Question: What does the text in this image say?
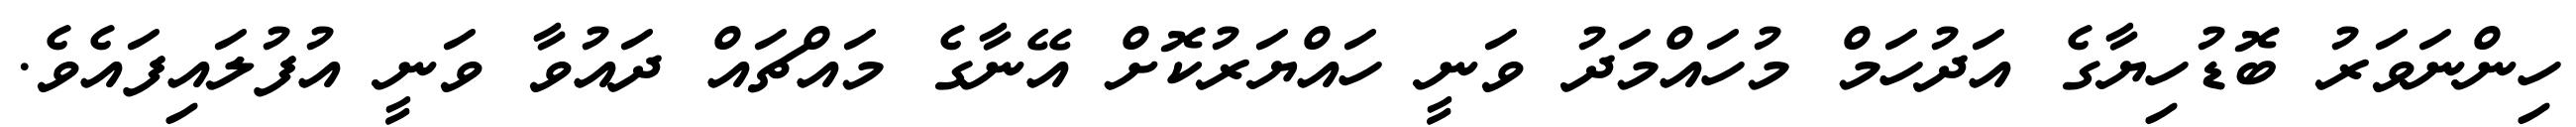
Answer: ހިންނަވަރު ބޮޑުހިޔާގެ އަދުހަމް މުހައްމަދު ވަނީ ހައްޔަރުކޮށް އޭނާގެ މައްޗައް ދައުވާ ވަނީ އުފުލައިފައެވެ.